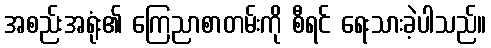
အစည်းအရုံး၏ ကြေညာစာတမ်းကို စီရင် ရေးသားခဲ့ပါသည်။